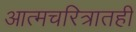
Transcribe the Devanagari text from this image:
आत्मचरित्रातही